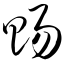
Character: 赐